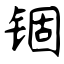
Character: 锢